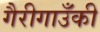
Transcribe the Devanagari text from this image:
गैरीगाउँकी